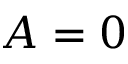
A = 0